Lunatic asylums United Prov. 1922-30 - 1922-1930
Year: 1922
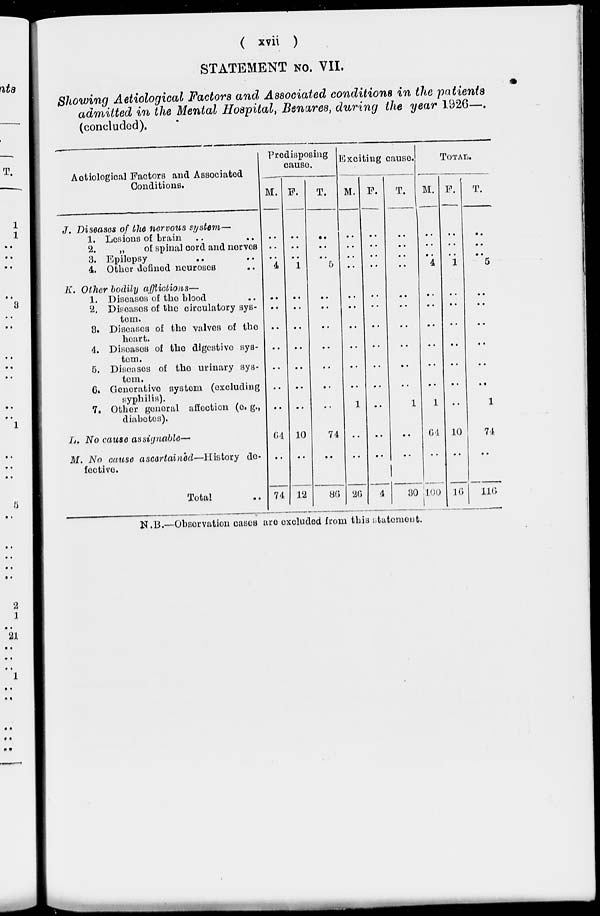
( xvii )
STATEMENT NO. VII.
Showing Aetiological Factors and Associated conditions in the patients
admitted in the Mental Hospital, Benares, during the year 1926—.
(concluded).
Aetiological Factors and Associated
Conditions.
J. Diseases of the nervous
system-
1. Lesions of brain .. ..
2.
„
of spinal cord and nerves
3. Epilepsy .. ..
4. Other defined neuroses ..
K. Other bodily afflictions—
1. Disease of the blood ..
2. Diseases of the circulatory sys-
tem.
3. Diseases of the valves of the
heart.
4. Diseases of the digestive sys-
tem.
5. Diseases of the urinary sys-
tem.
6. Generative system (excluding
syphilis).
7. Other general affection (e. g.,
diabetes).
L. No cause assignable—
M. No cause ascertained—History
de-
fective.
Total
Predisposing
cause.
M.
..
..
..
4
..
..
..
..
..
..
..
64
..
74
F.
..
..
..
1
..
..
..
..
..
..
..
10
..
12
T.
..
..
..
5
..
..
..
..
..
..
..
74
..
86
Exciting cause.
M.
..
..
..
..
..
..
..
..
..
..
1
..
..
26
F.
..
..
..
..
..
..
..
..
..
..
..
..
..
4
T.
..
..
..
..
..
..
..
..
..
..
1
..
..
30
TOTAL.
M.
..
..
..
4
..
..
..
..
..
..
1
64
..
100
F.
..
..
..
1
..
..
..
..
..
..
..
10
..
16
T.
..
..
..
5
..
..
..
..
..
..
1
74
..
116
N.B.—Observation cases are excluded from this statement.